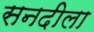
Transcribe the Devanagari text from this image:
सनदीला